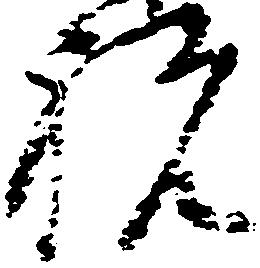
祝